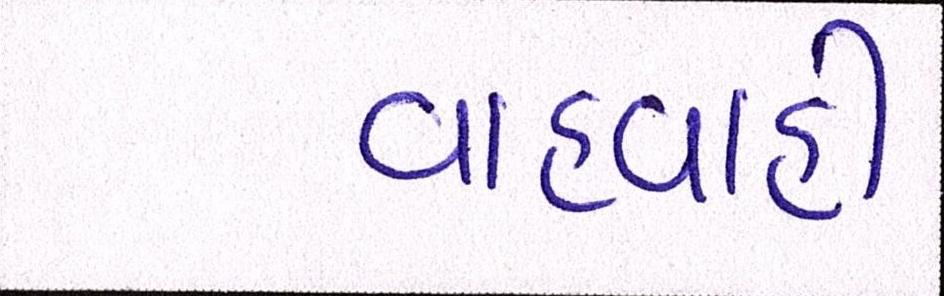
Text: વાહવાહી